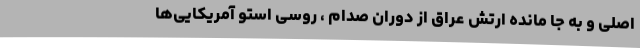
اصلی و به جا مانده ارتش عراق از دوران صدام ، روسی استو آمریکایی‌ها